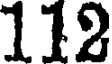
112